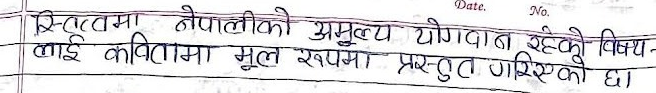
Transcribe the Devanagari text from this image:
इ-स्वत्वमा नेपालीको अमूल्य योगदान रहेको विषय- लाई कवितामा मुल रूपमा प्रस्तुत गरिएको छ।